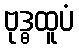
ဗုဒ္ဓထူပံ